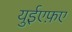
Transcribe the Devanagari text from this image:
युईएफ़ए